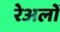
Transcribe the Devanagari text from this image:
रेअलों